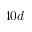
4 0 d